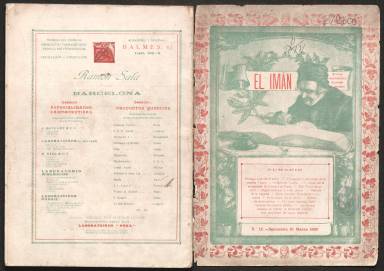
Título: El Imán (Barcelona)
Colección: Revistas de información general
Ámbito geográfico: Barcelona
Lugar de publicación: Barcelona
Fechas: 15/03/1920-30/11/1928